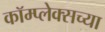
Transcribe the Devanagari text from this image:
कॉम्प्लेक्सच्या